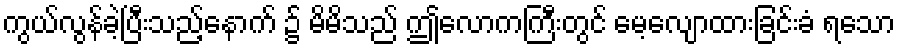
ကွယ်လွန်ခဲ့ပြီးသည့်နောက် ၌ မိမိသည် ဤလောကကြီးတွင် မေ့လျောထားခြင်းခံ ရသော